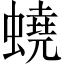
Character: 蟯